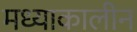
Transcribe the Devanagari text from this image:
मध्याकालीन